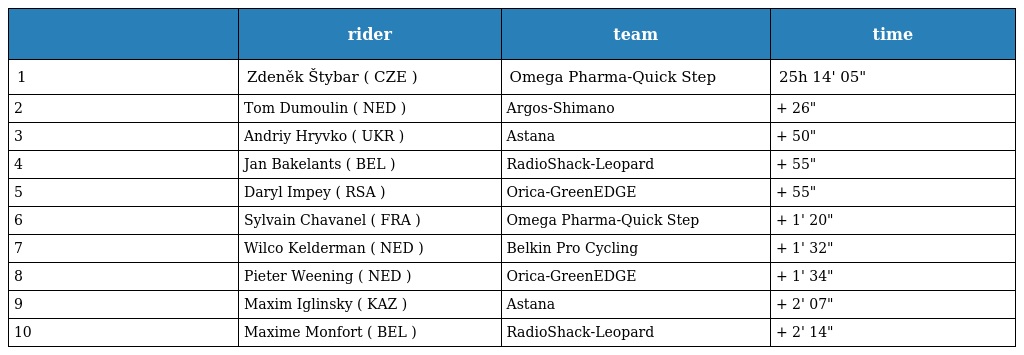
|  | rider | team | time |
 | --- | --- | --- | --- |
 | 1 | Zdeněk Štybar ( CZE ) | Omega Pharma-Quick Step | 25h 14' 05" |
 | 2 | Tom Dumoulin ( NED ) | Argos-Shimano | + 26" |
 | 3 | Andriy Hryvko ( UKR ) | Astana | + 50" |
 | 4 | Jan Bakelants ( BEL ) | RadioShack-Leopard | + 55" |
 | 5 | Daryl Impey ( RSA ) | Orica-GreenEDGE | + 55" |
 | 6 | Sylvain Chavanel ( FRA ) | Omega Pharma-Quick Step | + 1' 20" |
 | 7 | Wilco Kelderman ( NED ) | Belkin Pro Cycling | + 1' 32" |
 | 8 | Pieter Weening ( NED ) | Orica-GreenEDGE | + 1' 34" |
 | 9 | Maxim Iglinsky ( KAZ ) | Astana | + 2' 07" |
 | 10 | Maxime Monfort ( BEL ) | RadioShack-Leopard | + 2' 14" |